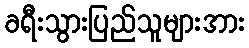
ခရီးသွားပြည်သူများအား